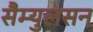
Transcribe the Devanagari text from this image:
सैम्युलसन